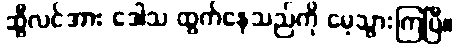
ဆွီလင်အား ဒေါသ ထွက်နေသည်ကို မေ့သွားကြပြီ။